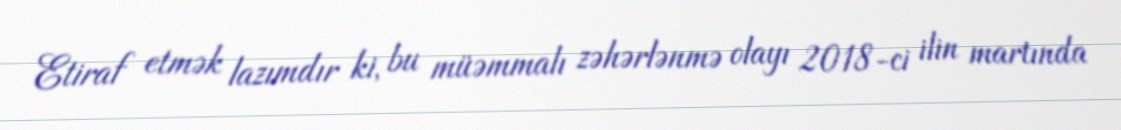
Etiraf etmək lazımdır ki, bu müəmmalı zəhərlənmə olayı 2018-ci ilin martında